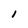
Character: 1